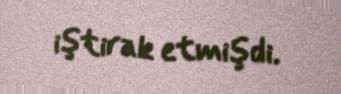
iştirak etmişdi.